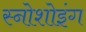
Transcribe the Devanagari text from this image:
स्नोशोइंग